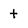
Character: t